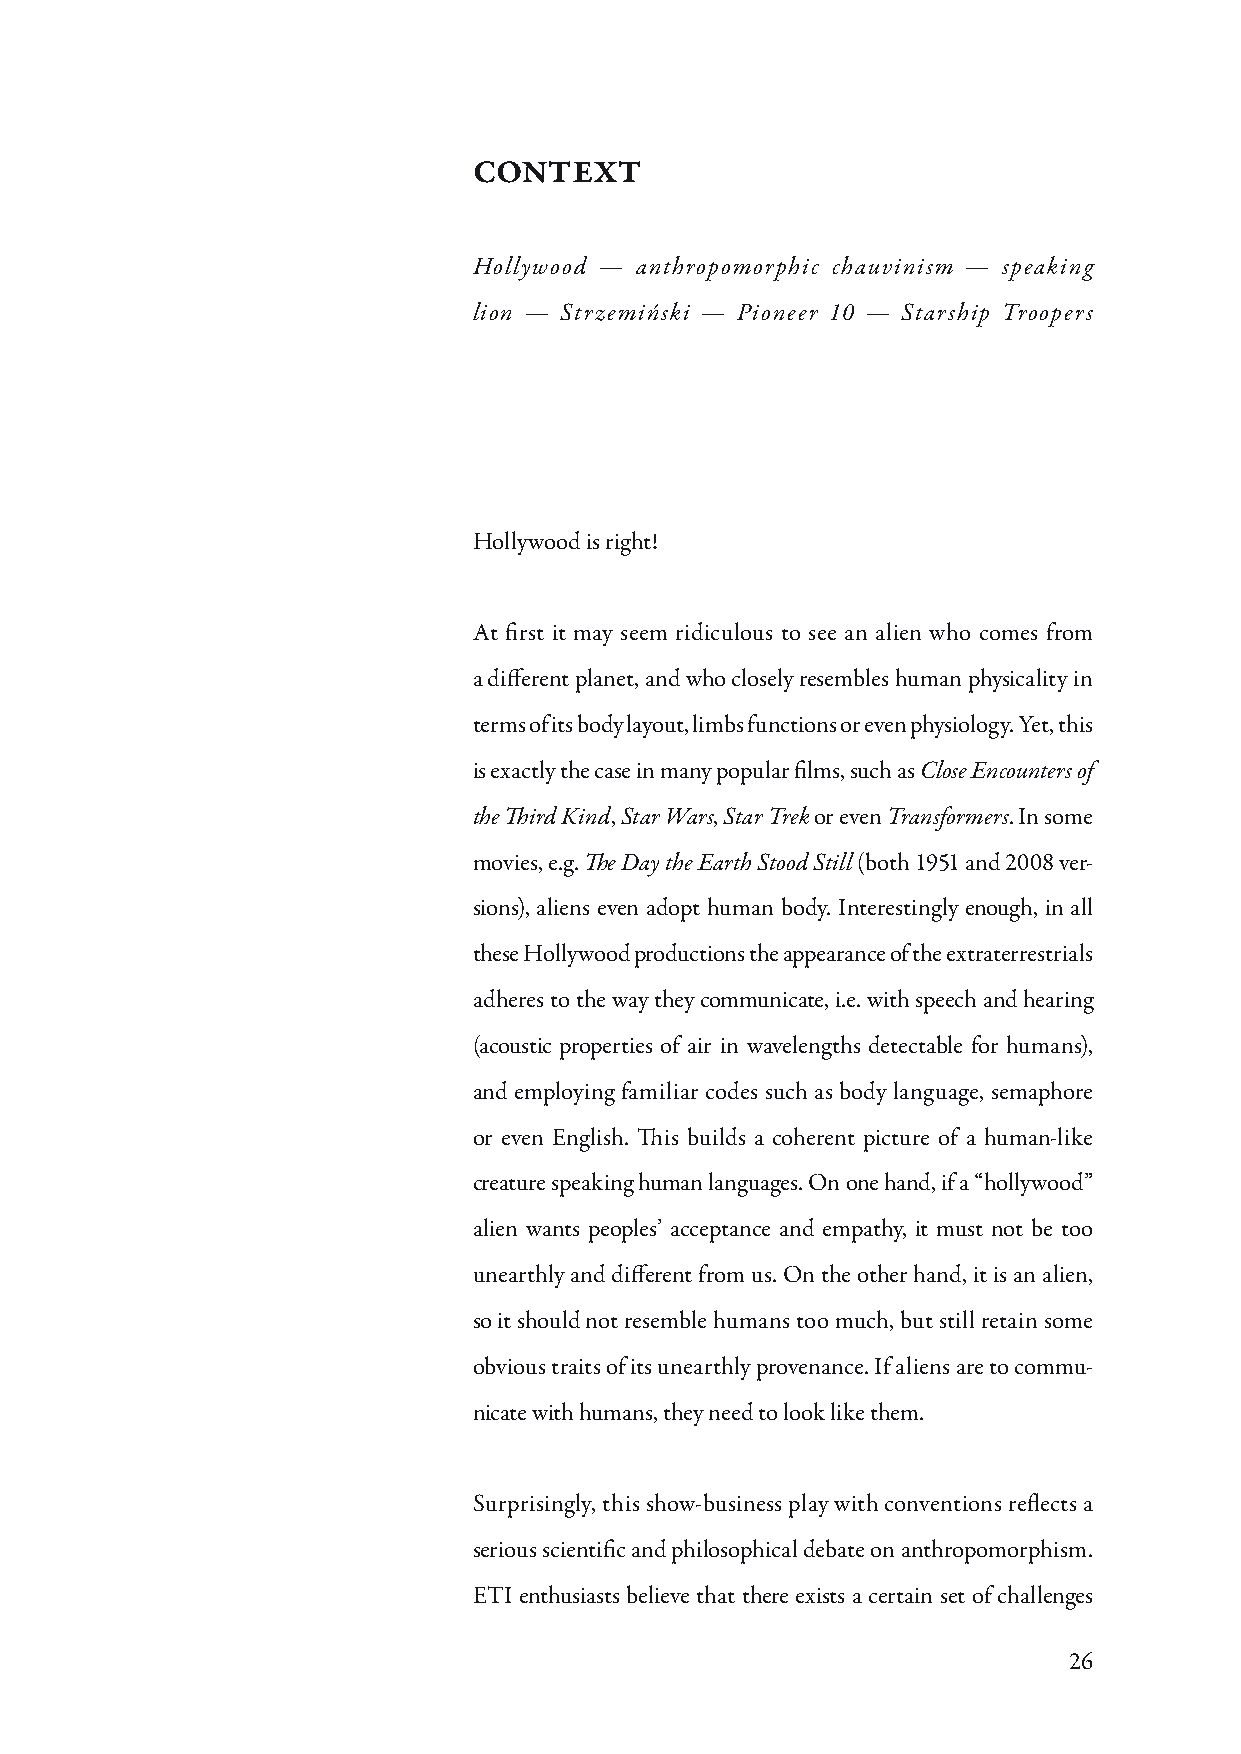
CONTEXT
 Hollywood — anthropomorphic chauvinism — speaking
 lion — Strzemiński — Pioneer 10 — Starship Troopers
 Hollywood is right!
 At first it may seem ridiculous to see an alien who comes from
 a different planet, and who closely resembles human physicality in
 terms of its body layout, limbs functions or even physiology. Yet, this
 is exactly the case in many popular films, such as Close Encounters of
 the Third Kind, Star Wars, Star Trek or even Transformers. In some
 movies, e.g. The Day the Earth Stood Still (both 1951 and 2008 ver-
 sions), aliens even adopt human body. Interestingly enough, in all
 these Hollywood productions the appearance of the extraterrestrials
 adheres to the way they communicate, i.e. with speech and hearing
 (acoustic properties of air in wavelengths detectable for humans),
 and employing familiar codes such as body language, semaphore
 or even English. This builds a coherent picture of a human-like
 creature speaking human languages. On one hand, if a “hollywood”
 alien wants peoples’ acceptance and empathy, it must not be too
 unearthly and different from us. On the other hand, it is an alien,
 so it should not resemble humans too much, but still retain some
 obvious traits of its unearthly provenance. If aliens are to commu-
 nicate with humans, they need to look like them.
 Surprisingly, this show-business play with conventions reflects a
 serious scientific and philosophical debate on anthropomorphism.
 ETI enthusiasts believe that there exists a certain set of challenges
 26